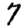
Digit: 7